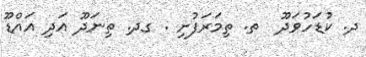
ދ. ކުޑަހުވަދޫ  ތ. ތިމަރަފުށި . ގދ. ތިނަދޫ އަދި އައްޑޫ